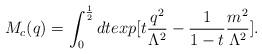
LaTeX: \begin{align*}M_c(q)=\int_0^\frac{1}{2}dt exp[t\frac{q^2}{\Lambda^2}-\frac{1}{1-t}\frac{m^2}{\Lambda^2}].\end{align*}